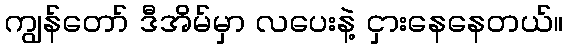
ကျွန်တော် ဒီအိမ်မှာ လပေးနဲ့ ငှားနေနေတယ်။